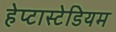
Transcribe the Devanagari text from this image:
हेप्टास्टेडियम